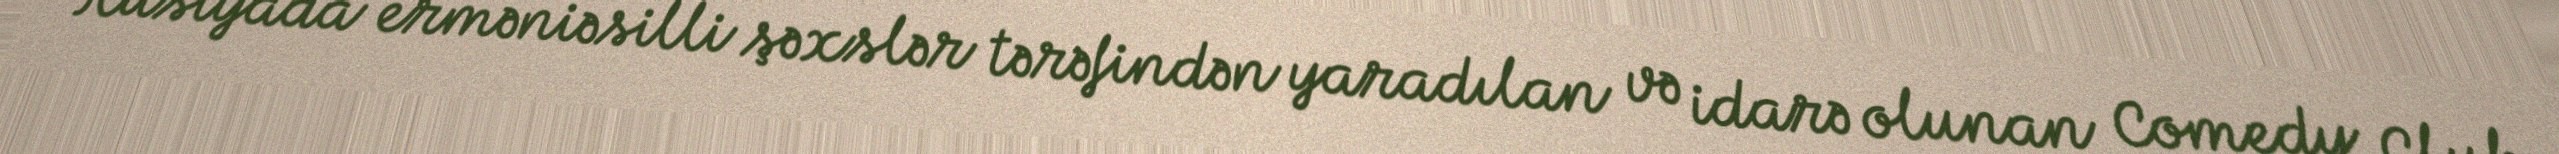
Rusiyada erməniəsilli şəxslər tərəfindən yaradılan və idarə olunan Comedy Club